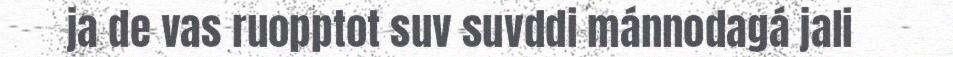
ja de vas ruopptot suv suvddi mánnodagá jali